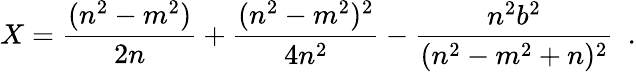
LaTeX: X=\frac{(n^{2}-m^{2})}{2n}+\frac{(n^{2}-m^{2})^{2}}{4n^{2}}-\frac{n^{2}b^{2}}{(n^{2}-m^{2}+n)^{2}}~~.